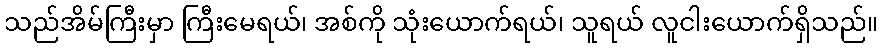
သည်အိမ်ကြီးမှာ ကြီးမေရယ်၊ အစ်ကို သုံးယောက်ရယ်၊ သူရယ် လူငါးယောက်ရှိသည်။